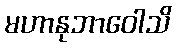
မဟာနုဘာဝေါသိ